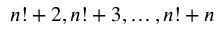
n ! + 2 , n ! + 3 , \dots , n ! + n